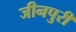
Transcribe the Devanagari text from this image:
जीनपुरी